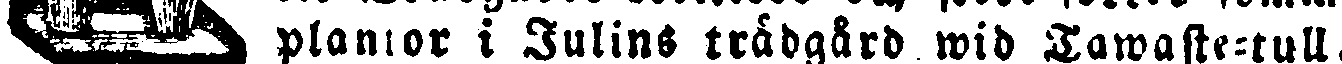
plantor i Julins trädgård wid Tawaste-tull.